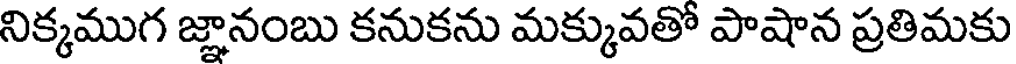
నిక్కముగ జ్ఞానంబు కనుకను మక్కువతో పాషాన ప్రతిమకు